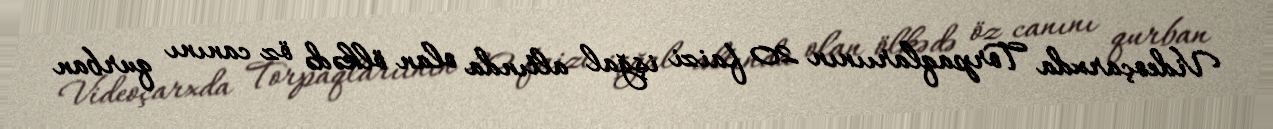
Videoçarxda Torpaqlarıının 20 faizi işğal altında olan ölkədə öz canını qurban